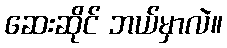
ဆေးဆိုင် ဘယ်မှာလဲ။